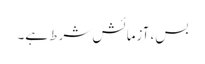
بس، آزمائش شرط ہے۔